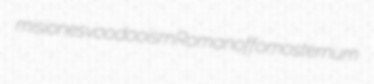
misiones voodooism Romanoff omosternum